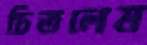
চিতলেম